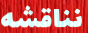
نناقشه